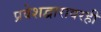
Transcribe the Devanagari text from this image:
प्रवेशद्वारावरही